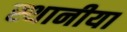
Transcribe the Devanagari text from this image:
स्थानीया